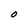
Character: O